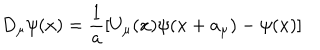
D _ { \mu } \psi ( x ) = \frac { 1 } { a } [ U _ { \mu } ( x ) \psi ( x + a _ { \mu } ) - \psi ( x ) ]